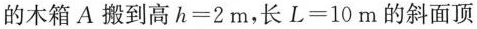
的木箱A搬到高$$h = 2 m$$，长$$L = 1 0 m$$的斜面顶